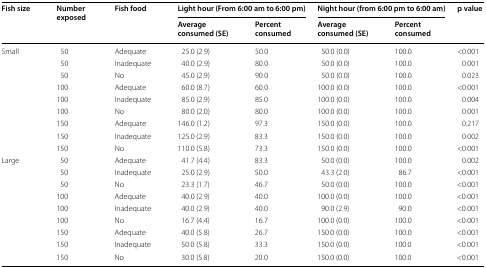
<table><thead><tr><td rowspan="2"><b>Fish size</b></td><td rowspan="2"><b>Number exposed</b></td><td rowspan="2"><b>Fish food</b></td><td colspan="2"><b>Light hour (From 6:00 am to 6:00 pm)</b></td><td colspan="2"><b>Night hour (from 6:00 pm to 6:00 am)</b></td><td rowspan="2"><b>p value</b></td></tr><tr><td><b>Average consumed (SE)</b></td><td><b>Percent consumed</b></td><td><b>Average consumed (SE)</b></td><td><b>Percent consumed</b></td></tr></thead><tbody><tr><td rowspan="9">Small</td><td>50</td><td>Adequate</td><td>25.0 (2.9)</td><td>50.0</td><td>50.0 (0.0)</td><td>100.0</td><td>&lt;0.001</td></tr><tr><td>50</td><td>Inadequate</td><td>40.0 (2.9)</td><td>80.0</td><td>50.0 (0.0)</td><td>100.0</td><td>0.001</td></tr><tr><td>50</td><td>No</td><td>45.0 (2.9)</td><td>90.0</td><td>50.0 (0.0)</td><td>100.0</td><td>0.023</td></tr><tr><td>100</td><td>Adequate</td><td>60.0 (8.7)</td><td>60.0</td><td>100.0 (0.0)</td><td>100.0</td><td>&lt;0.001</td></tr><tr><td>100</td><td>Inadequate</td><td>85.0 (2.9)</td><td>85.0</td><td>100.0 (0.0)</td><td>100.0</td><td>0.004</td></tr><tr><td>100</td><td>No</td><td>80.0 (2.0)</td><td>80.0</td><td>100.0 (0.0)</td><td>100.0</td><td>0.001</td></tr><tr><td>150</td><td>Adequate</td><td>146.0 (1.2)</td><td>97.3</td><td>150.0 (0.0)</td><td>100.0</td><td>0.217</td></tr><tr><td>150</td><td>Inadequate</td><td>125.0 (2.9)</td><td>83.3</td><td>150.0 (0.0)</td><td>100.0</td><td>0.002</td></tr><tr><td>150</td><td>No</td><td>110.0 (5.8)</td><td>73.3</td><td>150.0 (0.0)</td><td>100.0</td><td>&lt;0.001</td></tr><tr><td rowspan="9">Large</td><td>50</td><td>Adequate</td><td>41.7 (4.4)</td><td>83.3</td><td>50.0 (0.0)</td><td>100.0</td><td>0.002</td></tr><tr><td>50</td><td>Inadequate</td><td>25.0 (2.9)</td><td>50.0</td><td>43.3 (2.0)</td><td>86.7</td><td>&lt;0.001</td></tr><tr><td>50</td><td>No</td><td>23.3 (1.7)</td><td>46.7</td><td>50.0 (0.0)</td><td>100.0</td><td>&lt;0.001</td></tr><tr><td>100</td><td>Adequate</td><td>40.0 (2.9)</td><td>40.0</td><td>100.0 (0.0)</td><td>100.0</td><td>&lt;0.001</td></tr><tr><td>100</td><td>Inadequate</td><td>40.0 (2.9)</td><td>40.0</td><td>90.0 (2.9)</td><td>90.0</td><td>&lt;0.001</td></tr><tr><td>100</td><td>No</td><td>16.7 (4.4)</td><td>16.7</td><td>100.0 (0.0)</td><td>100.0</td><td>&lt;0.001</td></tr><tr><td>150</td><td>Adequate</td><td>40.0 (5.8)</td><td>26.7</td><td>150.0 (0.0)</td><td>100.0</td><td>&lt;0.001</td></tr><tr><td>150</td><td>Inadequate</td><td>50.0 (5.8)</td><td>33.3</td><td>150.0 (0.0)</td><td>100.0</td><td>&lt;0.001</td></tr><tr><td>150</td><td>No</td><td>30.0 (5.8)</td><td>20.0</td><td>150.0 (0.0)</td><td>100.0</td><td>&lt;0.001</td></tr></tbody></table>